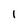
Character: 1